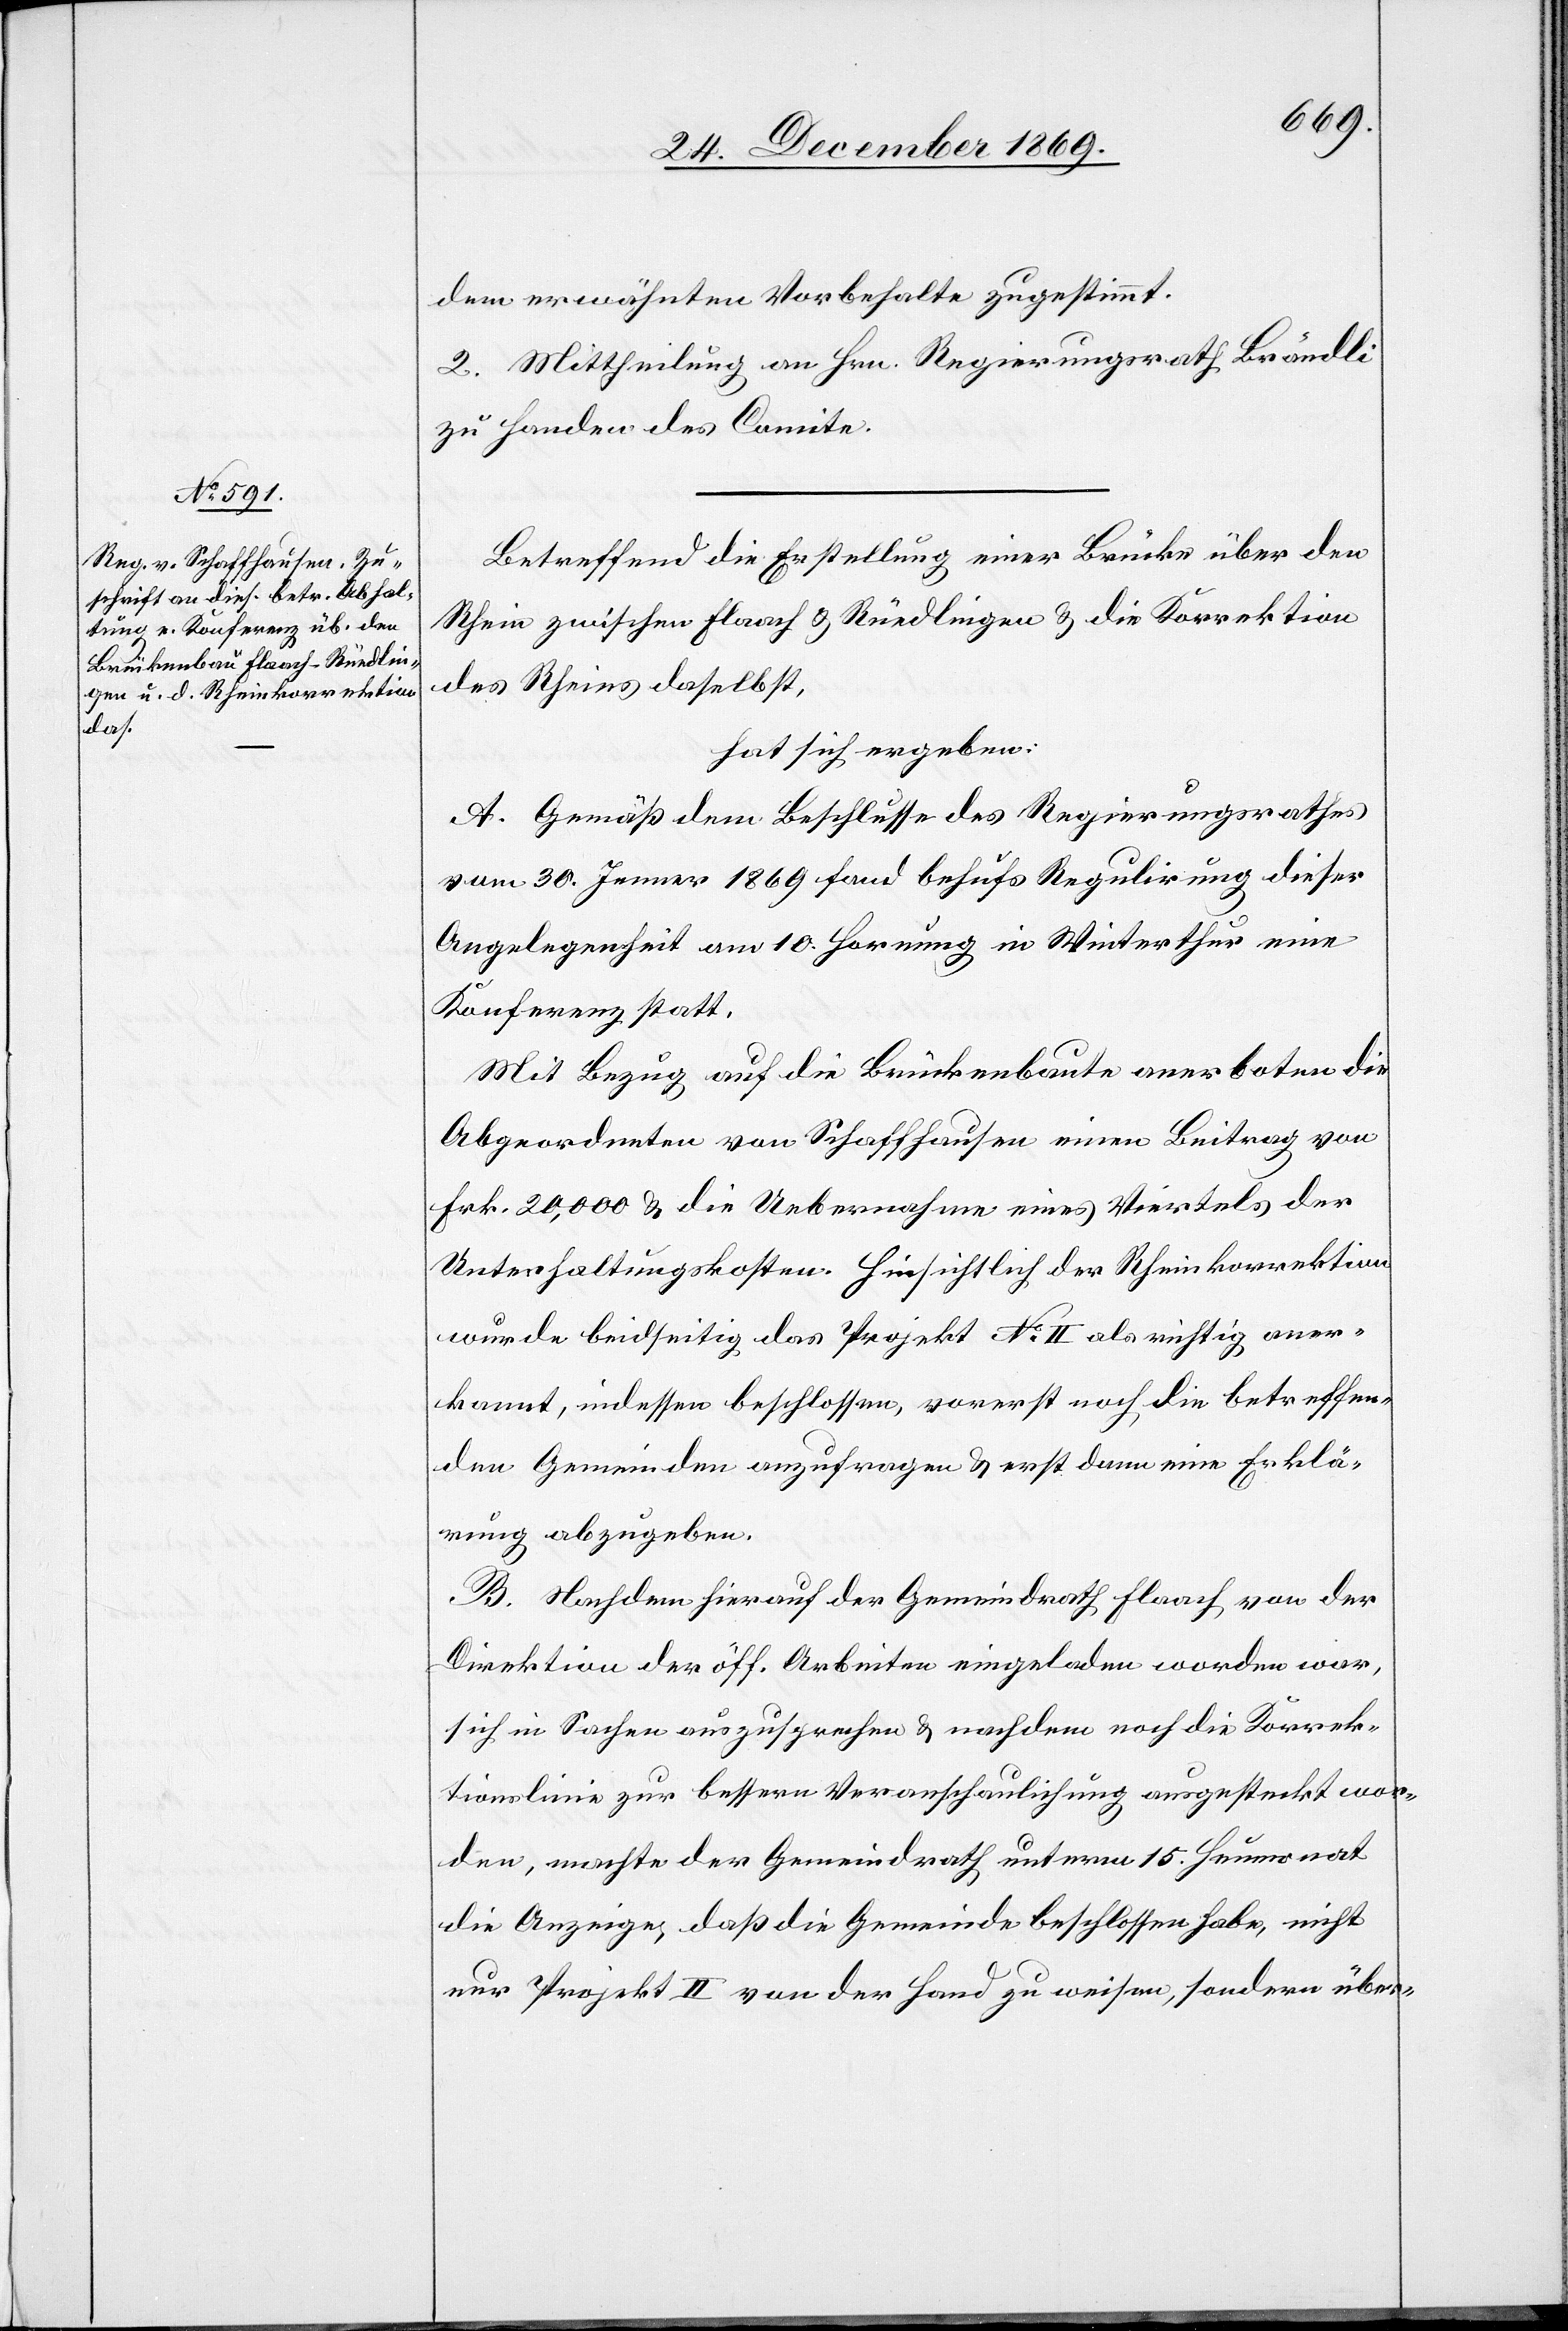
dem erwähnten Vorbehalte zugestimmt.
2. Mittheilung an Hrn. Regierungsrath Brändli
zu Handen des Comite.
Betreffend die Erstellung einer Brücke über den
Rhein zwischen Flaach & Rüedlingen & die Korrektion
des Rheins daselbst,
hat sich ergeben:
A. Gemäß dem Beschlusse des Regierungsrathes
vom 30. Jenner 1869 fand behufs Regulirung dieser
Angelegenheit am 10. Hornung in Winterthur eine
Konferenz statt.
Mit Bezug auf die Brückenbaute anerboten die
Abgeordneten von Schaffhausen einen Beitrag von
Frk. 20,000 & die Uebernahme eines Viertels der
Unterhaltungskosten. Hinsichtlich der Rheinkorrektion
wurde beidseitig das Projekt No II als richtig aner¬
kannt, indessen beschlossen, vorerst noch die betreffen¬
den Gemeinden anzufragen & erst dann eine Erklä¬
rung abzugeben.
B. Nachdem hierauf der Gemeindrath Flaach von der
Direktion der öff. Arbeiten eingeladen worden war,
sich in Sachen auszusprechen & nachdem noch die Korrek¬
tionslinie zur bessern Veranschaulichung ausgesteckt wor¬
den, machte der Gemeindrath unterm 15. Heumonat
die Anzeige, daß die Gemeinde beschlossen habe, nicht
nur Projekt II von der Hand zu weisen, sondern über-